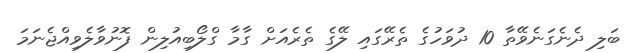
ބަލި ދެނެގަނެވޭތާ 10 ދުވަހުގެ ތެރޭގައި ލޭގެ ތެރެއަށް ގާމާ ގްލޯބިއުލިން ފޮނުވާލެވިއްޖެނަމަ